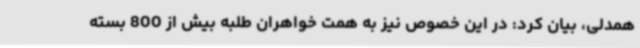
همدلی، بیان کرد: در این خصوص نیز به همت خواهران طلبه بیش از 800 بسته